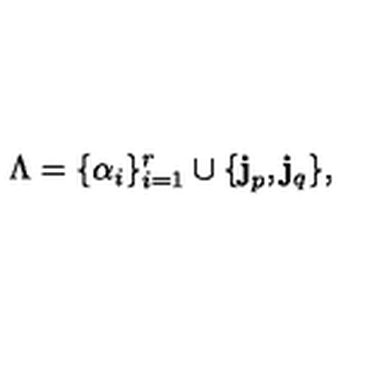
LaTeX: \Lambda = \{ \alpha _ { i } \} _ { i = 1 } ^ { r } \cup \{ { \bf j } _ { p } , { \bf j } _ { q } \} ,